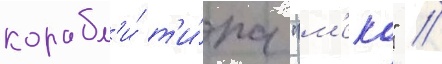
корабл'и́ т'и́па "м'еко" //